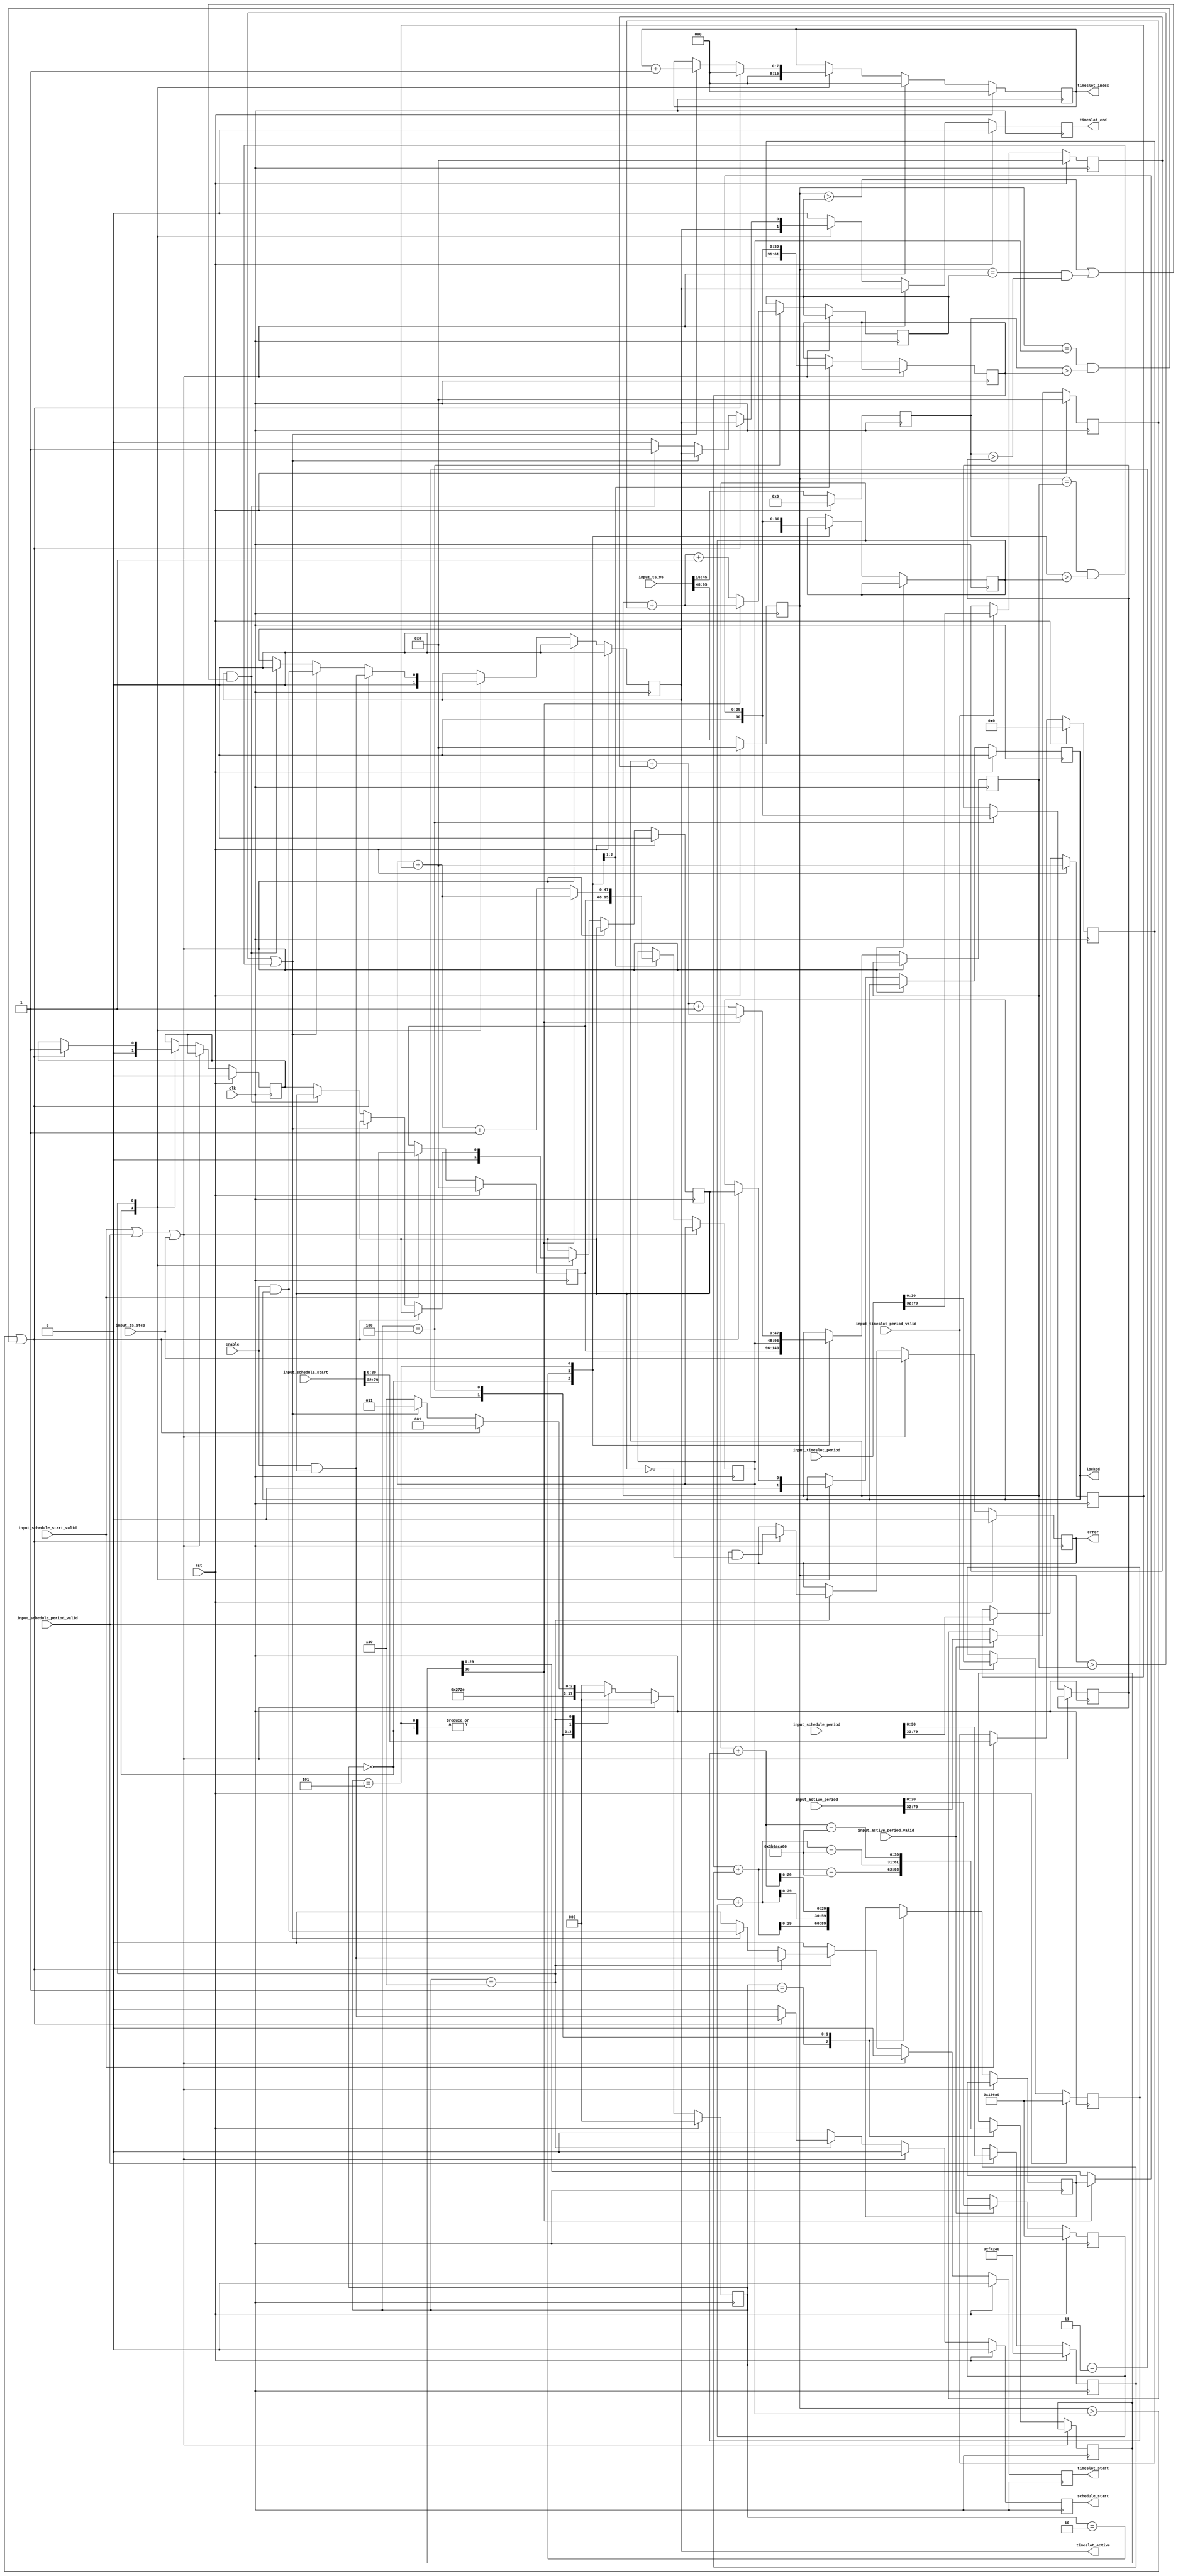
// SPDX-License-Identifier: BSD-2-Clause-Views
/*
 * Copyright (c) 2019-2023 The Regents of the University of California
 */

// Language: Verilog 2001

`resetall
`timescale 1ns / 1ps
`default_nettype none

/*
 * TDMA scheduler module
 */
module tdma_scheduler #
(
    // Timeslot index width
    parameter INDEX_WIDTH = 8,
    // Schedule absolute PTP start time, seconds part
    parameter SCHEDULE_START_S = 48'h0,
    // Schedule absolute PTP start time, nanoseconds part
    parameter SCHEDULE_START_NS = 30'h0,
    // Schedule period, seconds part
    parameter SCHEDULE_PERIOD_S = 48'd0,
    // Schedule period, nanoseconds part
    parameter SCHEDULE_PERIOD_NS = 30'd1000000,
    // Timeslot period, seconds part
    parameter TIMESLOT_PERIOD_S = 48'd0,
    // Timeslot period, nanoseconds part
    parameter TIMESLOT_PERIOD_NS = 30'd100000,
    // Timeslot active period, seconds part
    parameter ACTIVE_PERIOD_S = 48'd0,
    // Timeslot active period, nanoseconds part
    parameter ACTIVE_PERIOD_NS = 30'd100000
)
(
    input  wire                   clk,
    input  wire                   rst,

    /*
     * Timestamp input from PTP clock
     */
    input  wire [95:0]            input_ts_96,
    input  wire                   input_ts_step,

    /*
     * Control
     */
    input  wire                   enable,
    input  wire [79:0]            input_schedule_start,
    input  wire                   input_schedule_start_valid,
    input  wire [79:0]            input_schedule_period,
    input  wire                   input_schedule_period_valid,
    input  wire [79:0]            input_timeslot_period,
    input  wire                   input_timeslot_period_valid,
    input  wire [79:0]            input_active_period,
    input  wire                   input_active_period_valid,

    /*
     * Status
     */
    output wire                   locked,
    output wire                   error,

    /*
     * TDMA schedule outputs
     */
    output wire                   schedule_start,
    output wire [INDEX_WIDTH-1:0] timeslot_index,
    output wire                   timeslot_start,
    output wire                   timeslot_end,
    output wire                   timeslot_active
);

/*

      schedule
       start
         |
         V
         |<-------- schedule period -------->|
    -----+--------+--------+--------+--------+--------+---
         | SLOT 0 | SLOT 1 | SLOT 2 | SLOT 3 | SLOT 0 | 
    -----+--------+--------+--------+--------+--------+---
         |<------>|
          timeslot
           period


         |<-------- timeslot period -------->|
    -----+-----------------------------------+------------
         | SLOT 0                            | SLOT 1   
    -----+-----------------------------------+------------
         |<---- active period ----->|

*/

localparam [2:0]
    STATE_IDLE = 3'd0,
    STATE_UPDATE_SCHEDULE_1 = 3'd1,
    STATE_UPDATE_SCHEDULE_2 = 3'd2,
    STATE_UPDATE_SLOT_1 = 3'd3,
    STATE_UPDATE_SLOT_2 = 3'd4,
    STATE_UPDATE_SLOT_3 = 3'd5,
    STATE_WAIT = 3'd6;

reg [2:0] state_reg = STATE_IDLE, state_next;

reg [47:0] time_s_reg = 0;
reg [30:0] time_ns_reg = 0;

reg [47:0] first_slot_s_reg = 0, first_slot_s_next;
reg [30:0] first_slot_ns_reg = 0, first_slot_ns_next;

reg [47:0] next_slot_s_reg = 0, next_slot_s_next;
reg [30:0] next_slot_ns_reg = 0, next_slot_ns_next;

reg [47:0] active_end_s_reg = 0, active_end_s_next;
reg [30:0] active_end_ns_reg = 0, active_end_ns_next;

reg [47:0] schedule_start_s_reg = SCHEDULE_START_S;
reg [30:0] schedule_start_ns_reg = SCHEDULE_START_NS;

reg [47:0] schedule_period_s_reg = SCHEDULE_PERIOD_S;
reg [30:0] schedule_period_ns_reg = SCHEDULE_PERIOD_NS;

reg [47:0] timeslot_period_s_reg = TIMESLOT_PERIOD_S;
reg [30:0] timeslot_period_ns_reg = TIMESLOT_PERIOD_NS;

reg [47:0] active_period_s_reg = ACTIVE_PERIOD_S;
reg [30:0] active_period_ns_reg = ACTIVE_PERIOD_NS;

reg [29:0] ts_ns_inc_reg = 0, ts_ns_inc_next;
reg [30:0] ts_ns_ovf_reg = 0, ts_ns_ovf_next;

reg locked_reg = 1'b0, locked_next;
reg locked_int_reg = 1'b0, locked_int_next;
reg error_reg = 1'b0, error_next;
reg schedule_running_reg = 1'b0, schedule_running_next;

reg schedule_start_reg = 1'b0, schedule_start_next;
reg [INDEX_WIDTH-1:0] timeslot_index_reg = 0, timeslot_index_next;
reg timeslot_start_reg = 1'b0, timeslot_start_next;
reg timeslot_end_reg = 1'b0, timeslot_end_next;
reg timeslot_active_reg = 1'b0, timeslot_active_next;

assign locked = locked_reg;
assign error = error_reg;

assign schedule_start = schedule_start_reg;
assign timeslot_index = timeslot_index_reg;
assign timeslot_start = timeslot_start_reg;
assign timeslot_end = timeslot_end_reg;
assign timeslot_active = timeslot_active_reg;

always @* begin
    state_next = STATE_IDLE;

    first_slot_s_next = first_slot_s_reg;
    first_slot_ns_next = first_slot_ns_reg;

    next_slot_s_next = next_slot_s_reg;
    next_slot_ns_next = next_slot_ns_reg;

    active_end_s_next = active_end_s_reg;
    active_end_ns_next = active_end_ns_reg;

    ts_ns_inc_next = ts_ns_inc_reg;

    ts_ns_ovf_next = ts_ns_ovf_reg;

    locked_next = locked_reg;
    locked_int_next = locked_int_reg;
    error_next = error_reg;
    schedule_running_next = schedule_running_reg;

    schedule_start_next = 1'b0;
    timeslot_index_next = timeslot_index_reg;
    timeslot_start_next = 1'b0;
    timeslot_end_next = 1'b0;
    timeslot_active_next = timeslot_active_reg;

    if (input_schedule_start_valid || input_schedule_period_valid || input_ts_step) begin
        timeslot_index_next = 0;
        timeslot_start_next = 1'b0;
        timeslot_end_next = timeslot_active_reg;
        timeslot_active_next = 1'b0;
        error_next = input_ts_step;
        state_next = STATE_IDLE;
    end else begin
        case (state_reg)
            STATE_IDLE: begin
                // set next rise to start time
                first_slot_s_next = schedule_start_s_reg;
                first_slot_ns_next = schedule_start_ns_reg;
                next_slot_s_next = schedule_start_s_reg;
                next_slot_ns_next = schedule_start_ns_reg;
                timeslot_index_next = 0;
                timeslot_start_next = 1'b0;
                timeslot_end_next = timeslot_active_reg;
                timeslot_active_next = 1'b0;
                locked_next = 1'b0;
                locked_int_next = 1'b0;
                schedule_running_next = 1'b0;
                state_next = STATE_WAIT;
            end
            STATE_UPDATE_SCHEDULE_1: begin
                // set next schedule start time to next schedule start time plus schedule period
                ts_ns_inc_next = first_slot_ns_reg + schedule_period_ns_reg;
                ts_ns_ovf_next = first_slot_ns_reg + schedule_period_ns_reg - 31'd1_000_000_000;
                state_next = STATE_UPDATE_SCHEDULE_2;
            end
            STATE_UPDATE_SCHEDULE_2: begin
                if (!ts_ns_ovf_reg[30]) begin
                    // if the overflow lookahead did not borrow, one second has elapsed
                    first_slot_s_next = first_slot_s_reg + schedule_period_s_reg + 1;
                    first_slot_ns_next = ts_ns_ovf_reg;
                end else begin
                    // no increment seconds field
                    first_slot_s_next = first_slot_s_reg + schedule_period_s_reg;
                    first_slot_ns_next = ts_ns_inc_reg;
                end
                next_slot_s_next = first_slot_s_reg;
                next_slot_ns_next = first_slot_ns_reg;
                state_next = STATE_UPDATE_SLOT_1;
            end
            STATE_UPDATE_SLOT_1: begin
                // set next fall time to next rise time plus width
                ts_ns_inc_next = next_slot_ns_reg + active_period_ns_reg;
                ts_ns_ovf_next = next_slot_ns_reg + active_period_ns_reg - 31'd1_000_000_000;
                state_next = STATE_UPDATE_SLOT_2;
            end
            STATE_UPDATE_SLOT_2: begin
                if (!ts_ns_ovf_reg[30]) begin
                    // if the overflow lookahead did not borrow, one second has elapsed
                    active_end_s_next = next_slot_s_reg + active_period_s_reg + 1;
                    active_end_ns_next = ts_ns_ovf_reg;
                end else begin
                    // no increment seconds field
                    active_end_s_next = next_slot_s_reg + active_period_s_reg;
                    active_end_ns_next = ts_ns_inc_reg;
                end
                // set next timeslot start time to next timeslot start time plus timeslot period
                ts_ns_inc_next = next_slot_ns_reg + timeslot_period_ns_reg;
                ts_ns_ovf_next = next_slot_ns_reg + timeslot_period_ns_reg - 31'd1_000_000_000;
                state_next = STATE_UPDATE_SLOT_3;
            end
            STATE_UPDATE_SLOT_3: begin
                if (!ts_ns_ovf_reg[30]) begin
                    // if the overflow lookahead did not borrow, one second has elapsed
                    next_slot_s_next = next_slot_s_reg + timeslot_period_s_reg + 1;
                    next_slot_ns_next = ts_ns_ovf_reg;
                end else begin
                    // no increment seconds field
                    next_slot_s_next = next_slot_s_reg + timeslot_period_s_reg;
                    next_slot_ns_next = ts_ns_inc_reg;
                end
                state_next = STATE_WAIT;
            end
            STATE_WAIT: begin
                if ((time_s_reg > first_slot_s_reg) || (time_s_reg == first_slot_s_reg && time_ns_reg > first_slot_ns_reg)) begin
                    // start of next schedule period
                    schedule_start_next = enable && locked_int_reg;
                    timeslot_index_next = 0;
                    timeslot_start_next = enable && locked_int_reg;
                    timeslot_end_next = timeslot_active_reg;
                    timeslot_active_next = enable && locked_int_reg;
                    schedule_running_next = 1'b1;
                    locked_next = locked_int_reg;
                    error_next = error_reg && !locked_int_reg;
                    state_next = STATE_UPDATE_SCHEDULE_1;
                end else if ((time_s_reg > next_slot_s_reg) || (time_s_reg == next_slot_s_reg && time_ns_reg > next_slot_ns_reg)) begin
                    // start of next timeslot
                    timeslot_index_next = timeslot_index_reg + 1;
                    timeslot_start_next = enable && locked_reg;
                    timeslot_end_next = timeslot_active_reg;
                    timeslot_active_next = enable && locked_reg;
                    state_next = STATE_UPDATE_SLOT_1;
                end else if (timeslot_active_reg && ((time_s_reg > active_end_s_reg) || (time_s_reg == active_end_s_reg && time_ns_reg > active_end_ns_reg))) begin
                    // end of timeslot
                    timeslot_end_next = 1'b1;
                    timeslot_active_next = 1'b0;
                    state_next = STATE_WAIT;
                end else begin
                    locked_int_next = schedule_running_reg;
                    state_next = STATE_WAIT;
                end
            end
        endcase
    end
end

always @(posedge clk) begin
    state_reg <= state_next;

    time_s_reg <= input_ts_96[95:48];
    time_ns_reg <= input_ts_96[45:16];

    if (input_schedule_start_valid) begin
        schedule_start_s_reg <= input_schedule_start[79:32];
        schedule_start_ns_reg <= input_schedule_start[31:0];
    end

    if (input_schedule_period_valid) begin
        schedule_period_s_reg <= input_schedule_period[79:32];
        schedule_period_ns_reg <= input_schedule_period[31:0];
    end

    if (input_timeslot_period_valid) begin
        timeslot_period_s_reg <= input_timeslot_period[79:32];
        timeslot_period_ns_reg <= input_timeslot_period[31:0];
    end

    if (input_active_period_valid) begin
        active_period_s_reg <= input_active_period[79:32];
        active_period_ns_reg <= input_active_period[31:0];
    end

    first_slot_s_reg <= first_slot_s_next;
    first_slot_ns_reg <= first_slot_ns_next;

    next_slot_s_reg <= next_slot_s_next;
    next_slot_ns_reg <= next_slot_ns_next;

    active_end_s_reg <= active_end_s_next;
    active_end_ns_reg <= active_end_ns_next;

    ts_ns_inc_reg <= ts_ns_inc_next;
    ts_ns_ovf_reg <= ts_ns_ovf_next;

    locked_reg <= locked_next;
    locked_int_reg <= locked_int_next;
    error_reg <= error_next;
    schedule_running_reg <= schedule_running_next;

    schedule_start_reg <= schedule_start_next;
    timeslot_index_reg <= timeslot_index_next;
    timeslot_start_reg <= timeslot_start_next;
    timeslot_end_reg <= timeslot_end_next;
    timeslot_active_reg <= timeslot_active_next;

    if (rst) begin
        state_reg <= STATE_IDLE;

        time_s_reg <= 0;
        time_ns_reg <= 0;

        schedule_start_s_reg <= SCHEDULE_START_S;
        schedule_start_ns_reg <= SCHEDULE_START_NS;

        schedule_period_s_reg <= SCHEDULE_PERIOD_S;
        schedule_period_ns_reg <= SCHEDULE_PERIOD_NS;

        timeslot_period_s_reg <= TIMESLOT_PERIOD_S;
        timeslot_period_ns_reg <= TIMESLOT_PERIOD_NS;

        active_period_s_reg <= ACTIVE_PERIOD_S;
        active_period_ns_reg <= ACTIVE_PERIOD_NS;

        locked_reg <= 1'b0;
        locked_int_reg <= 1'b0;
        error_reg <= 1'b0;
        schedule_running_reg <= 1'b0;

        schedule_start_reg <= 1'b0;
        timeslot_index_reg <= 0;
        timeslot_start_reg <= 1'b0;
        timeslot_end_reg <= 1'b0;
        timeslot_active_reg <= 1'b0;
    end
end

endmodule

`resetall